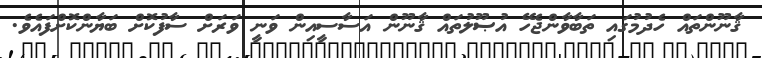
ޤާނޫންތައް ހެދުމުގައި ތަބާވާންޖެހޭ އުޞޫލުތައް ޤާނޫން އަސާސީއިން ވަނީ ވަރަށް ސާފުކޮށް ބަޔާންކޮށްފައެވެ.